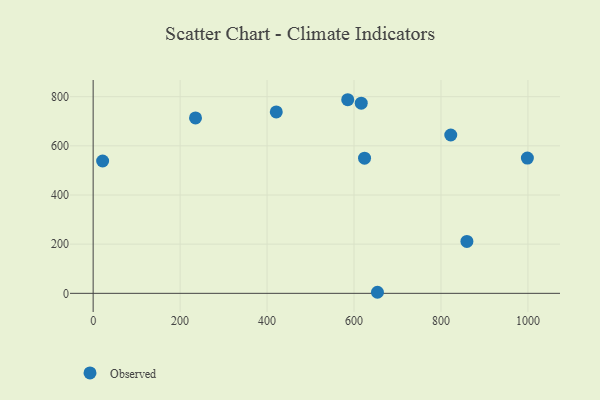
{"axis": {"x": "Ad Spend", "y": "Yield"}, "legend": ["Observed"], "data": [{"x": "859.6", "y": 211.1, "type": "Observed"}, {"x": "235.4", "y": 713.7, "type": "Observed"}, {"x": "822.5", "y": 644.1, "type": "Observed"}, {"x": "616.6", "y": 773.6, "type": "Observed"}, {"x": "998.7", "y": 550.4, "type": "Observed"}, {"x": "624.2", "y": 549.9, "type": "Observed"}, {"x": "653.9", "y": 4.3, "type": "Observed"}, {"x": "421.2", "y": 737.9, "type": "Observed"}, {"x": "585.5", "y": 787.7, "type": "Observed"}, {"x": "21.8", "y": 538.3, "type": "Observed"}]}